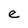
Character: e